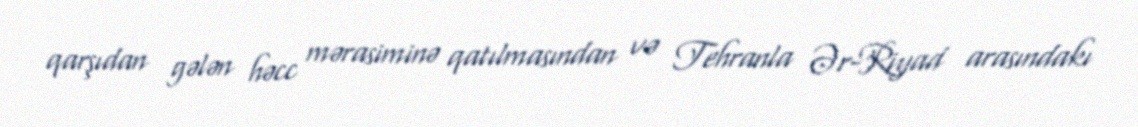
qarşıdan gələn həcc mərasiminə qatılmasından və Tehranla Ər-Riyad arasındakı